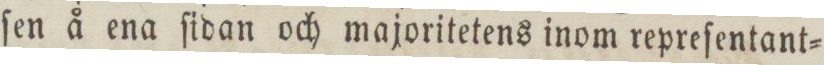
ſen å ena ſidan och majoritetens inom repreſentant=